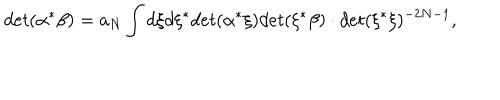
LaTeX: d e t ( \alpha ^ { * } \beta ) = a _ { N } \int d \xi d \xi ^ { * } d e t ( \alpha ^ { * } \xi ) d e t ( \xi ^ { * } \beta ) \cdot d e t ( \xi ^ { * } \xi ) ^ { - 2 N - 1 } ,